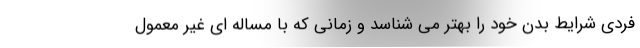
فردی شرایط بدن خود را بهتر می شناسد و زمانی که با مساله ای غیر معمول